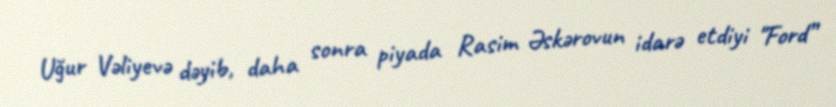
Uğur Vəliyevə dəyib, daha sonra piyada Rasim Əskərovun idarə etdiyi "Ford”